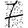
Digit: 7